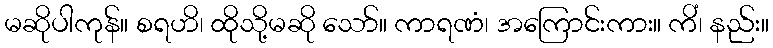
မဆိုပါကုန်။ စရဟိ၊ ထိုသို့မဆို သော်။ ကာရဏံ၊ အကြောင်းကား။ ကိံ၊ နည်း။